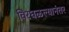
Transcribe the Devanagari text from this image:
विरघळल्यानंतर